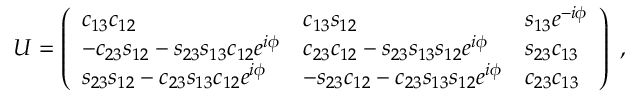
U = \left( \begin{array} { l l l } { { c _ { 1 3 } c _ { 1 2 } } } & { { c _ { 1 3 } s _ { 1 2 } } } & { { s _ { 1 3 } e ^ { - i \phi } } } \\ { { - c _ { 2 3 } s _ { 1 2 } - s _ { 2 3 } s _ { 1 3 } c _ { 1 2 } e ^ { i \phi } } } & { { c _ { 2 3 } c _ { 1 2 } - s _ { 2 3 } s _ { 1 3 } s _ { 1 2 } e ^ { i \phi } } } & { { s _ { 2 3 } c _ { 1 3 } } } \\ { { s _ { 2 3 } s _ { 1 2 } - c _ { 2 3 } s _ { 1 3 } c _ { 1 2 } e ^ { i \phi } } } & { { - s _ { 2 3 } c _ { 1 2 } - c _ { 2 3 } s _ { 1 3 } s _ { 1 2 } e ^ { i \phi } } } & { { c _ { 2 3 } c _ { 1 3 } } } \end{array} \right) \ ,